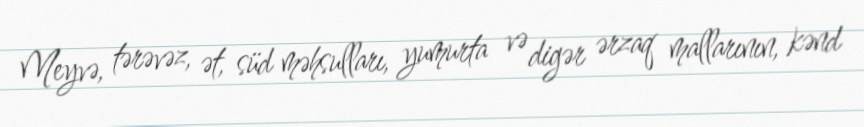
Meyvə, tərəvəz, ət, süd məhsulları, yumurta və digər ərzaq mallarının, kənd